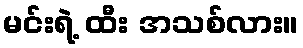
မင်းရဲ့ ထီး အသစ်လား။